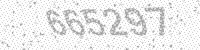
Solution: 665297